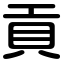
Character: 貢